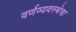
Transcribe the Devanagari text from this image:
वर्णव्यवस्थेचा